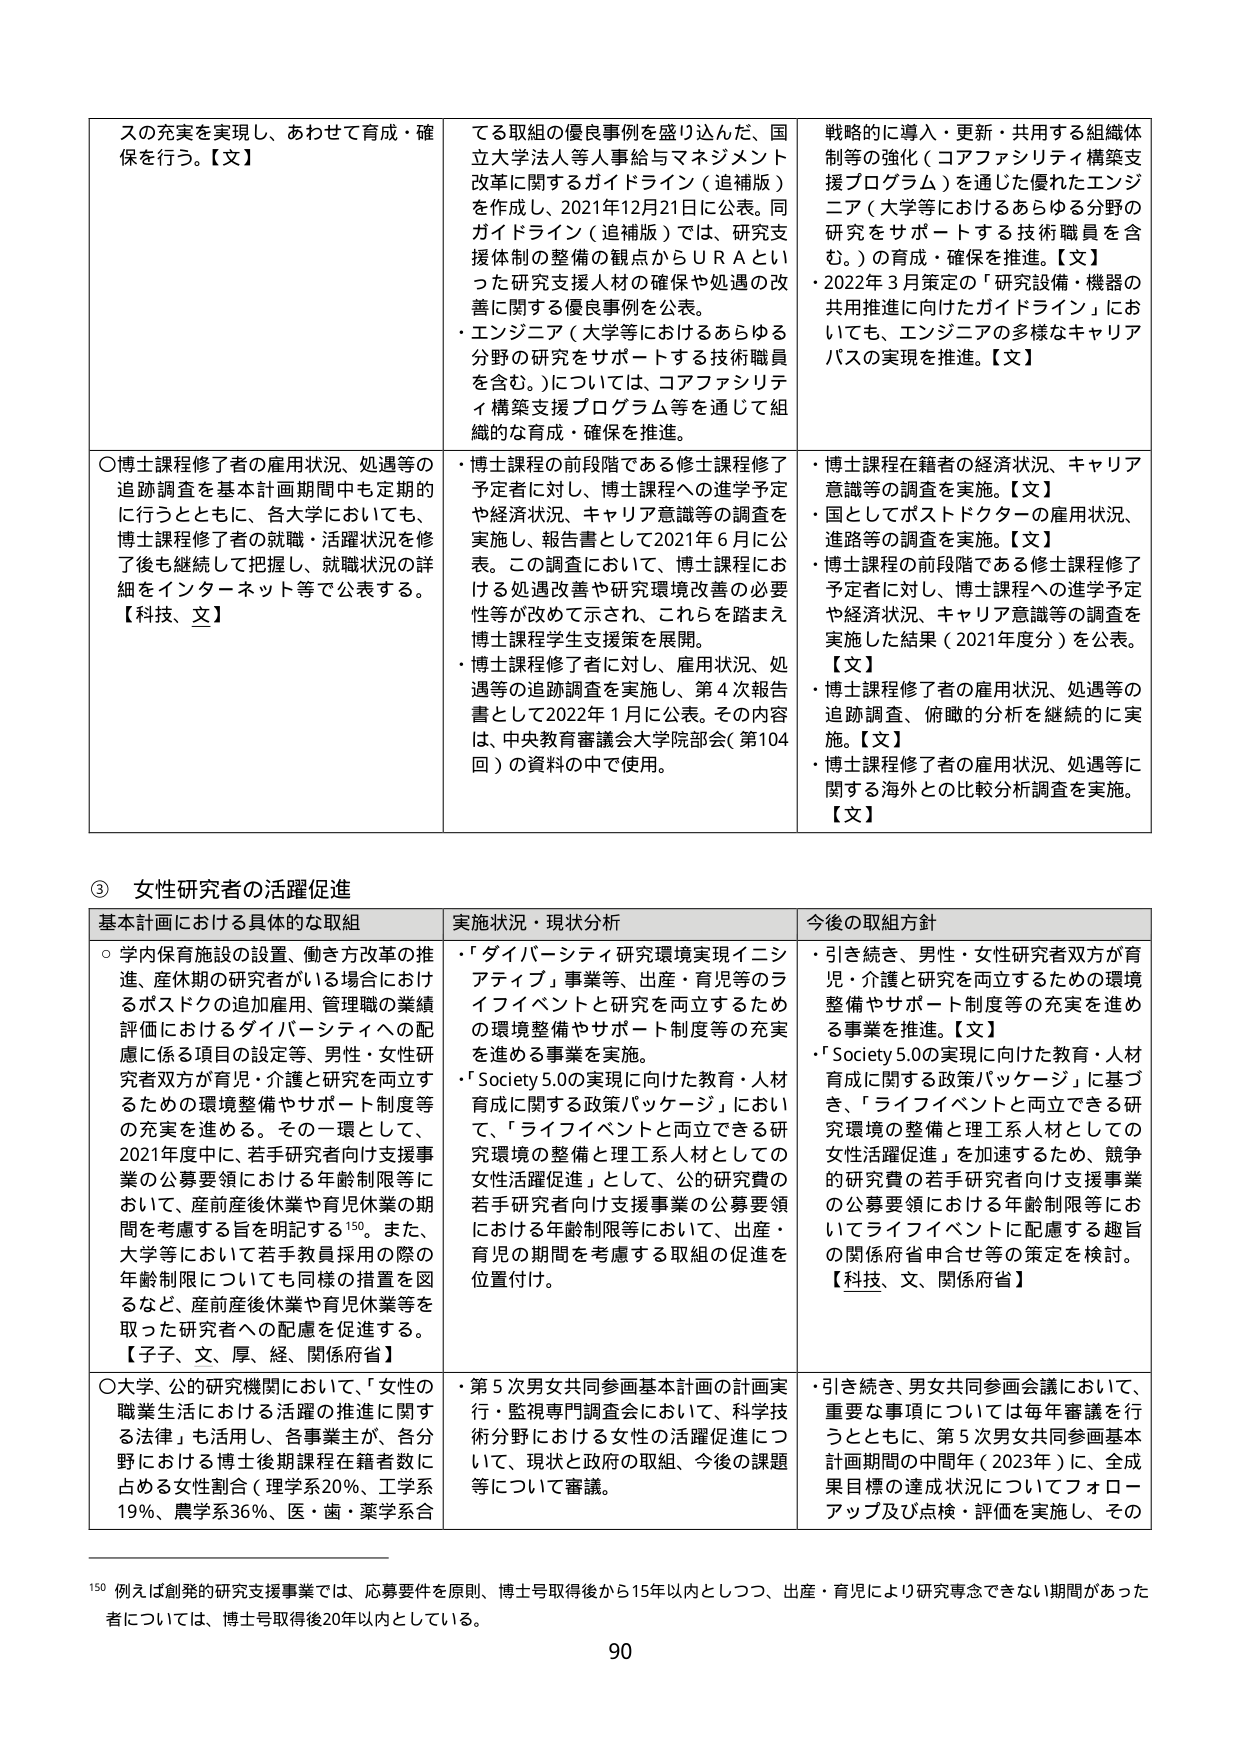
スの充実を実現し、あわせて育成・確保を行う。【文】

○博士課程修了者の雇用状況、処遇等の追跡調査を基本計画期間中も定期的に行うとともに、各大学においても、博士課程修了者の就職・活躍状況を修了後も継続して把握し、就職状況の詳細をインターネット等で公表する。【科技、文】

てる取組の優良事例を盛り込んだ、国立大学法人等人事給与マネジメント改革に関するガイドライン（追補版）を作成し、2021年12月21日に公表。同ガイドライン（追補版）では、研究支援体制の整備の観点からＵＲＡといつた研究支援人員の確保や処遇の改善に関する優良事例を公表。
・エンジニア（大学等におけるあらゆる分野の研究をサポートする技術職員を含む。）については、コアファシリティ構築支援プログラム等を通じて組織的な育成・確保を推進。

・博士課程の前段階である修士課程修了予定者に対し、博士課程への進学予定や経済状況、キャリア意識等の調査を実施し、報告書として2021年６月に公表。この調査において、博士課程における処遇改善や研究環境改善の必要性等が改めて示され、これらを踏まえ博士課程学生支援策を展開。
・博士課程修了者に対し、雇用状況、処遇等の追跡調査を実施し、第４次報告書として2022年１月に公表。その内容は、中央教育審議会大学院部会（第104回）の資料の中で使用。

戦略的に導入・更新・共用する組織体制等の強化（コアファシリティ構築支援プログラム）を通じた優れたエンジニア（大学等におけるあらゆる分野の研究をサポートする技術職員を含む。）の育成・確保を推進。【文】
・2022年３月策定の「研究設備・機器の共用推進に向けたガイドライン」においても、エンジニアの多様なキャリアパスの実現を推進。【文】

・博士課程在籍者の経済状況、キャリア意識等の調査を実施。【文】
・国としてポストドクターの雇用状況、進路等の調査を実施。【文】
・博士課程の前段階である修士課程修了予定者に対し、博士課程への進学予定や経済状況、キャリア意識等の調査を実施した結果（2021年度分）を公表。【文】
・博士課程修了者の雇用状況、処遇等の追跡調査、俯瞰的分析を継続的に実施。【文】
・博士課程修了者の雇用状況、処遇等に関する海外との比較分析調査を実施。【文】

③ 女性研究者の活躍促進

基本計画における具体的な取組
○学内保育施設の設置、働き方改革の推進、産休期の研究者がいる場合におけるポストドクの追加雇用、管理職の業績評価におけるダイバーシティへの配慮に係る項目の設定等、男性・女性研究者双方が育児・介護と研究を両立するための環境整備やサポート制度等の充実を進める。その一環として、2021年度中に、若手研究者向け支援事業の公募要領における年齢制限等において、産前産後休業や育児休業の期間を考慮する旨を明記する¹⁵⁰。また、大学等において若手教員採用の際の年齢制限についても同様の措置を図るなど、産前産後休業や育児休業等を取った研究者への配慮を促進する。【子子、文、厚、経、関係府省】
○大学、公的研究機関において、「女性の職業生活における活躍の推進に関する法律」も活用し、各事業主が、各分野における博士後期課程在籍者数に占める女性割合（理学系20％、工学系19％、農学系36％、医・歯・薬学系合

実施状況・現状分析
・「ダイバーシティ研究環境実現イニシアティブ」事業等、出産・育児等のライフイベントと研究を両立するための環境整備やサポート制度等の充実を進める事業を実施。
・「Society 5.0の実現に向けた教育・人材育成に関する政策パッケージ」において、「ライフイベントと両立できる研究環境の整備と理工系人材としての女性活躍促進」として、公的研究費の若手研究者向け支援事業の公募要領における年齢制限等において、出産・育児の期間を考慮する取組の促進を位置付け。

今後の取組方針
・引き続き、男性・女性研究者双方が育児・介護と研究を両立するための環境整備やサポート制度等の充実を進める事業を推進。【文】
・「Society 5.0の実現に向けた教育・人材育成に関する政策パッケージ」に基づき、「ライフイベントと両立できる研究環境の整備と理工系人材としての女性活躍促進」を加速するため、競争的研究費の若手研究者向け支援事業の公募要領における年齢制限等においてライフイベントに配慮する趣旨の関係府省申合せ等の策定を検討。【科技、文、関係府省】
・引き続き、男女共同参画会議において、重要な事項については毎年審議を行うとともに、第5次男女共同参画基本計画期間の中間年（2023年）に、全成果目標の達成状況についてフォローアップ及び点検・評価を実施し、その

・第5次男女共同参画基本計画の計画実行・監視専門調査会において、科学技術分野における女性の活躍促進について、現状と政府の取組、今後の課題等について審議。

¹⁵⁰ 例えば創発的研究支援事業では、応募要件を原則、博士号取得後から15年以内としつつ、出産・育児により研究専念できない期間があった者については、博士号取得後20年以内としている。

90